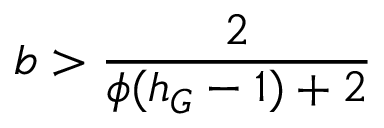
b > \frac { 2 } { \phi ( h _ { G } - 1 ) + 2 }